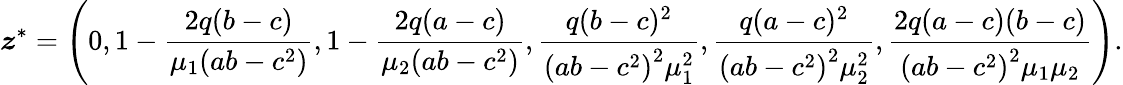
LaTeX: \boldsymbol{z}^{*}=\left(0,1-\frac{2q(b-c)}{\mu_{1}(ab-c^{2})},1-\frac{2q(a-c)}{\mu_{2}(ab-c^{2})},\frac{q(b-c)^{2}}{\left(ab-c^{2}\right)^{2}\mu_{1}^{2}},\frac{q(a-c)^{2}}{\left(ab-c^{2}\right)^{2}\mu_{2}^{2}},\frac{2q(a-c)(b-c)}{\left(ab-c^{2}\right)^{2}\mu_{1}\mu_{2}}\right).